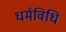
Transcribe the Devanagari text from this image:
धर्मविधि